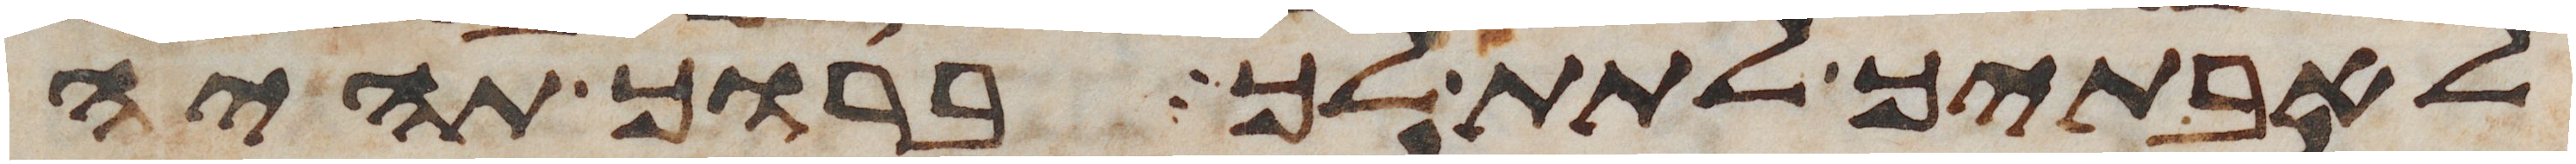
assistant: לאבתיך לתת לך ברוך תהיה